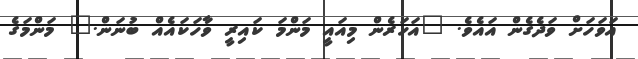
އަވަހަށް ވަދެގެން އައެވެ. "އަހަރެން މިއައީ މަންމަ ކައިރީ ވާހަކައެއް ބުނަން." މަންމަގެ